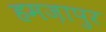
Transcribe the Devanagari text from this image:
हमज़ापुर